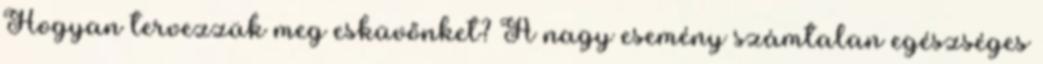
Hogyan tervezzük meg esküvőnket? A nagy esemény számtalan egészséges